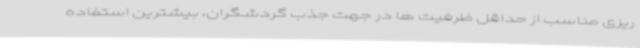
ریزی مناسب از حداقل ظرفیت ها در جهت جذب گردشگران، بیشترین استفاده